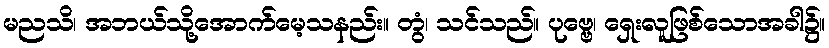
မညသိ၊ အဘယ်သို့အောက်မေ့သနည်း။ တွံ၊ သင်သည်။ ပုဗ္ဗေ၊ ရှေးလူဖြစ်သောအခါ၌။